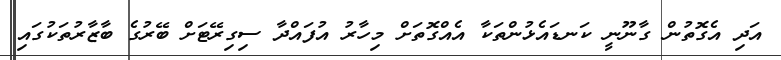
އަދި އެގޮތުން ގާނޫނީ ކަނޑައެޅުންތަކާ އެއްގޮތަށް މިހާރު އުފައްދާ ސިގިރޭޓަށް ބޭރުގެ ބާޒާރުތަކުގައި